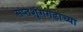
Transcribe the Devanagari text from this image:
सप्तशृंगगडाच्या